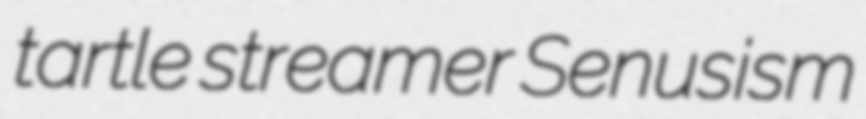
tartle streamer Senusism